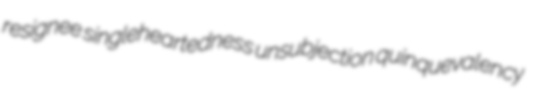
resignee singleheartedness unsubjection quinquevalency